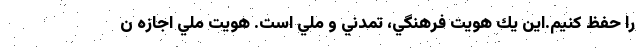
را حفظ كنيم.اين يك هويت فرهنگي، تمدني و ملي است. هويت ملي اجازه ن